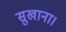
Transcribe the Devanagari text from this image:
सुखाना।